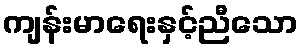
ကျန်းမာရေးနှင့်ညီသော